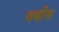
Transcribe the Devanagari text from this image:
वर्बोस